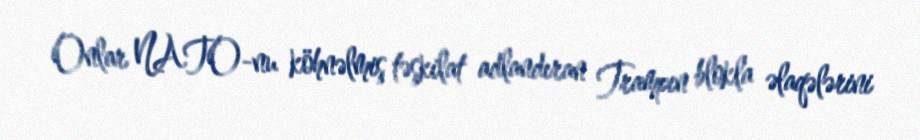
Onlar NATO-nu köhnəlmiş təşkilat adlandıran Trampın blokla əlaqələrini